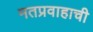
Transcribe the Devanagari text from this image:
मतप्रवाहाची